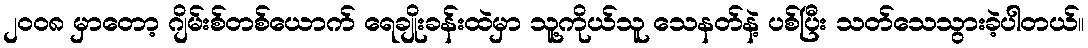
၂၀၀၈ မှာတော့ ဂျိမ်းစ်တစ်ယောက် ရေချိုးခန်းထဲမှာ သူ့ကိုယ်သူ သေနတ်နဲ့ ပစ်ပြီး သတ်သေသွားခဲ့ပါတယ်။